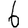
Digit: 6